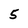
Character: 5